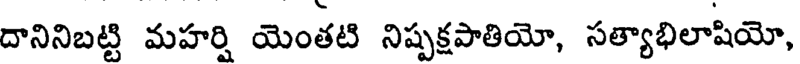
దానినిబట్టి మహర్షి యెంతటి నిష్పక్షపాతియో, సత్యాభిలాషియో,